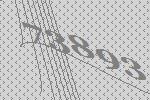
73893